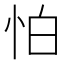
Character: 怕